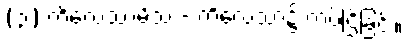
(၃) ကိလေသာမိသ - ကိလေသာ၌ ကပ်ငြိခြင်း။